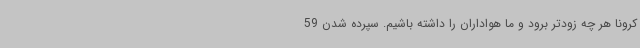
کرونا هر چه زودتر برود و ما هواداران را داشته باشیم. سپرده شدن 59